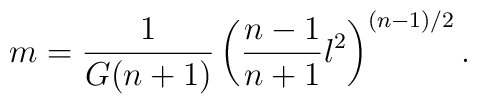
m =\frac{1}{G(n+1)}\left(\frac{n-1}{n+1}l^2\right)^{(n-1)/2}.